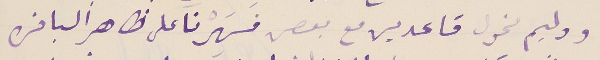
ووليم مخول قاعدين مع بعص فَسَهِرْنا على ظاهر ألباخره